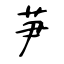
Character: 芛